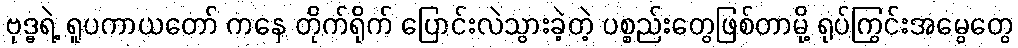
ဗုဒ္ဓရဲ့ ရူပကာယတော် ကနေ တိုက်ရိုက် ပြောင်းလဲသွားခဲ့တဲ့ ပစ္စည်းတွေဖြစ်တာမို့ ရုပ်ကြွင်းအမွေတွေ